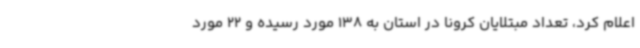
اعلام کرد، تعداد مبتلایان کرونا در استان به 138 مورد رسیده و 22 مورد